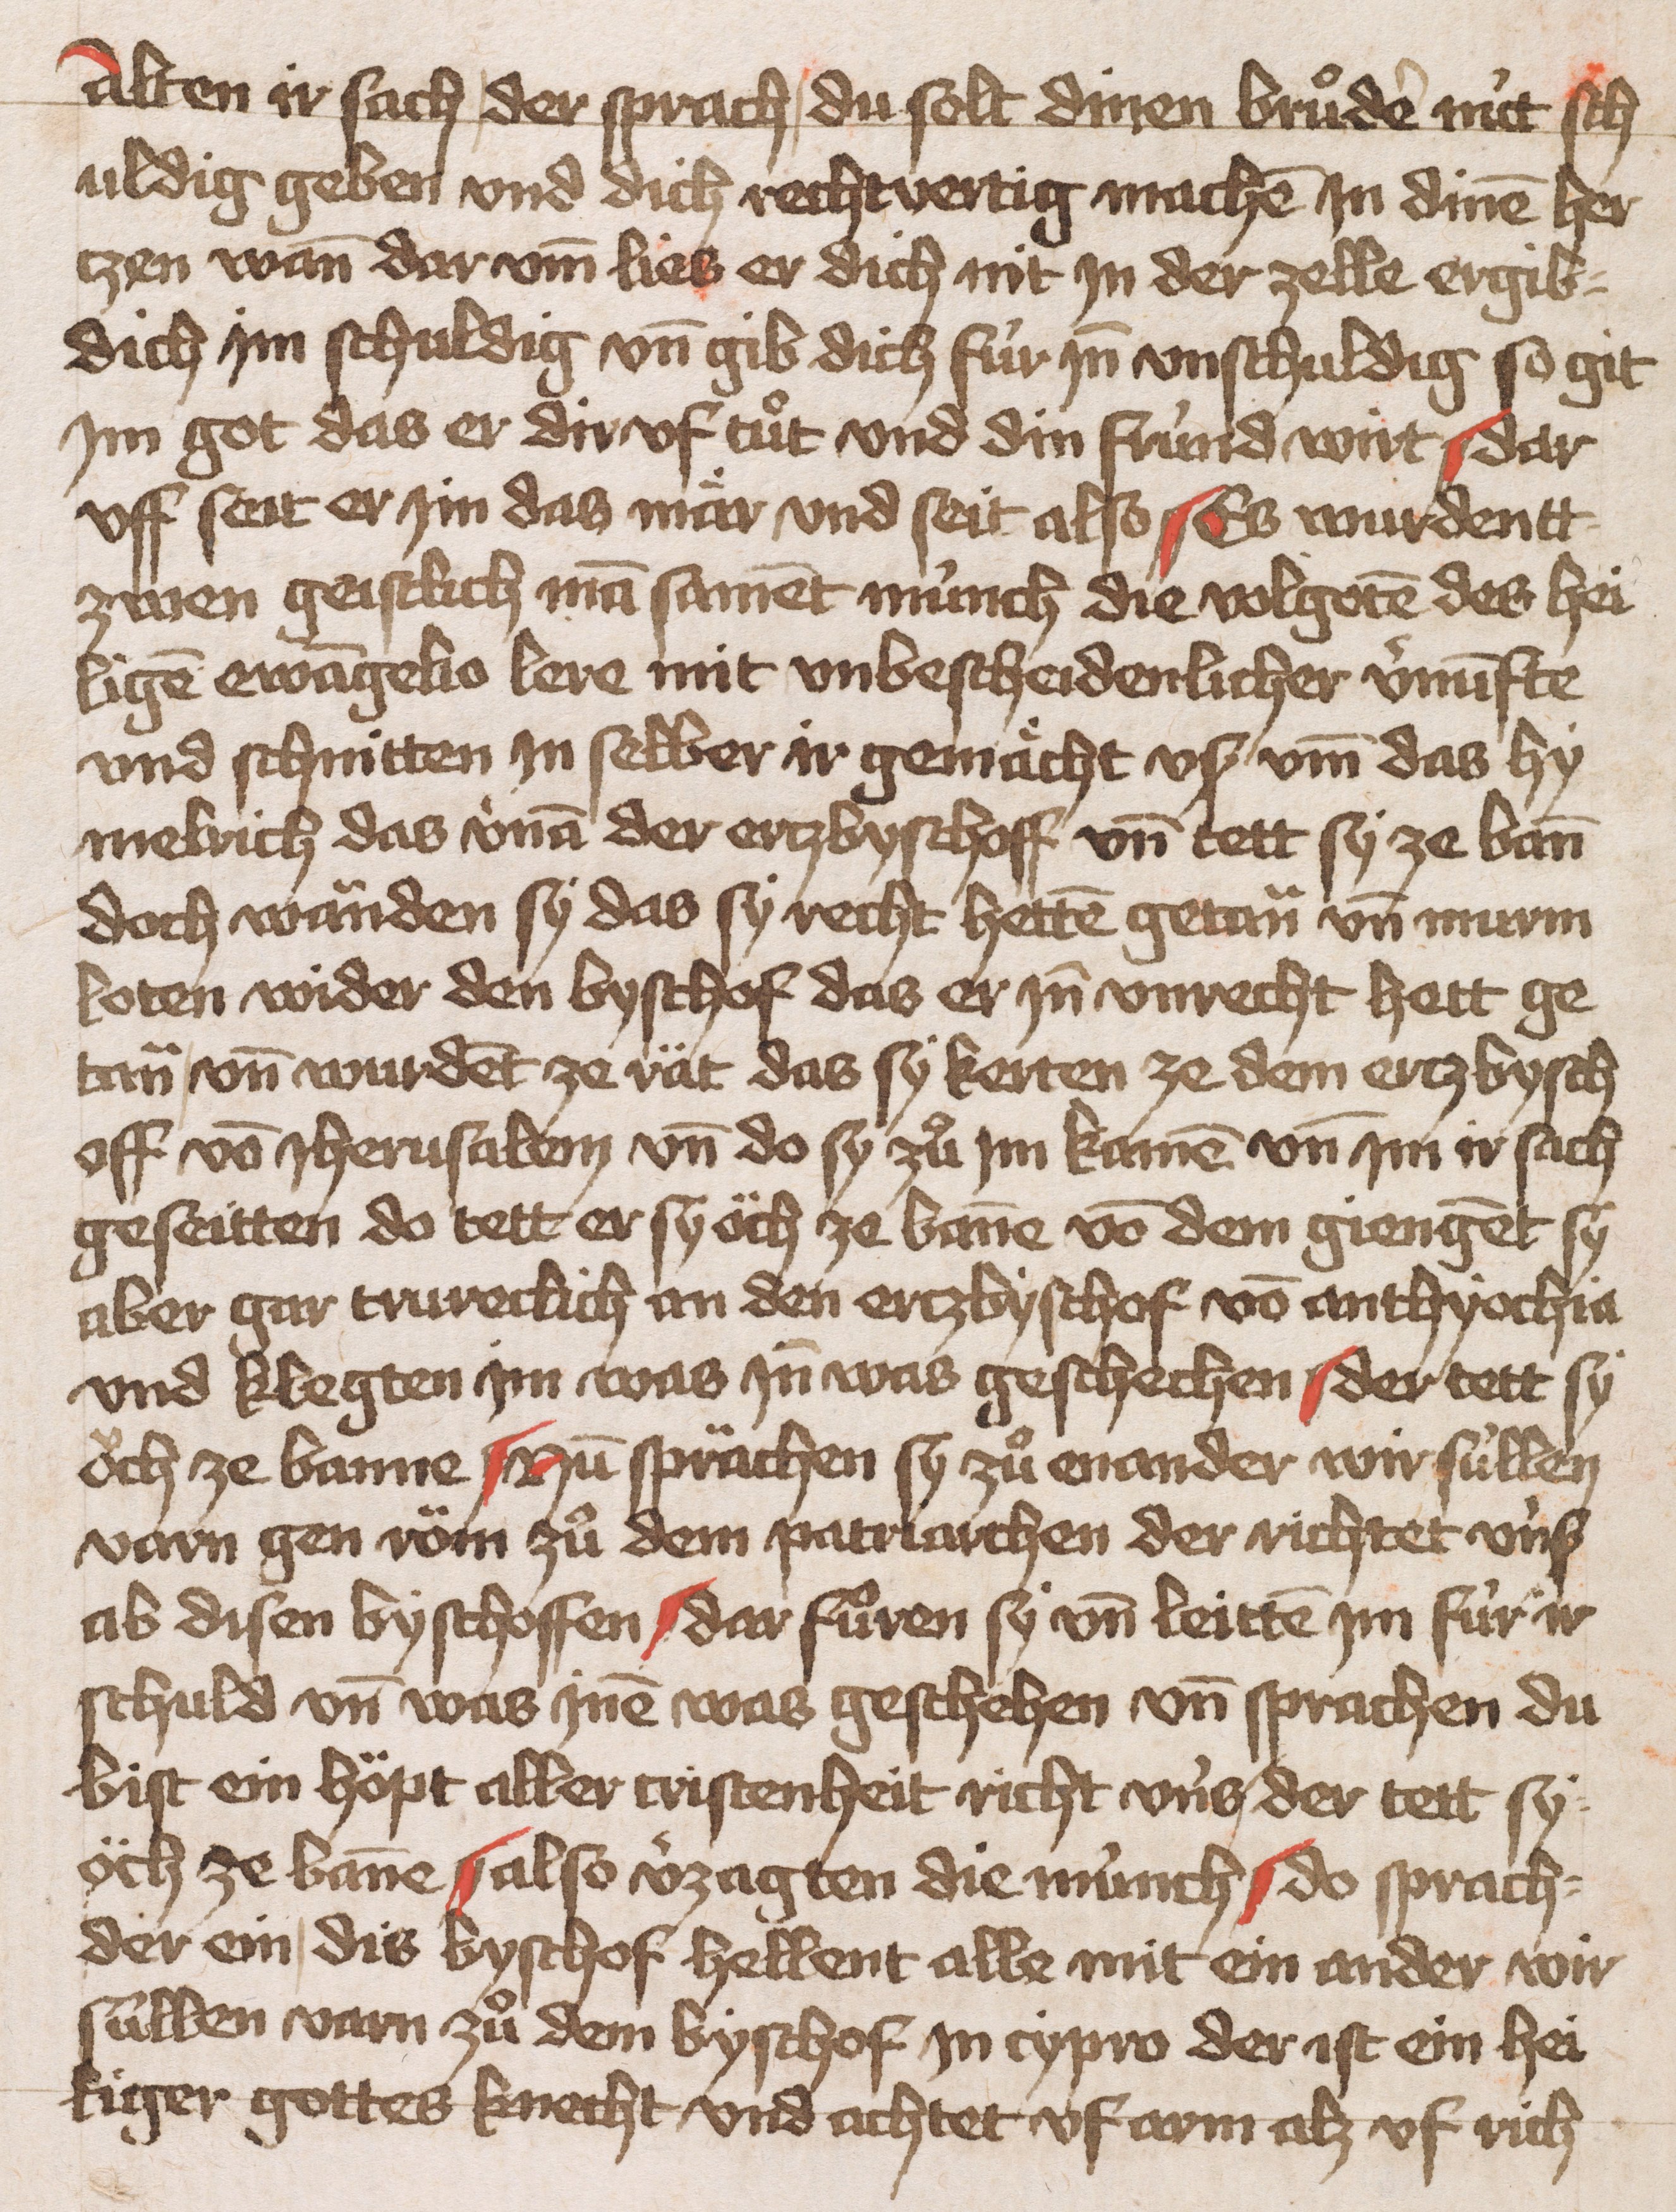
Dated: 1451–1451